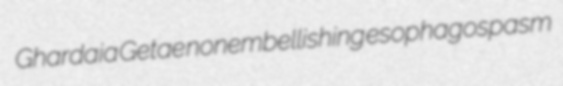
Ghardaia Getae nonembellishing esophagospasm